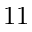
1 1